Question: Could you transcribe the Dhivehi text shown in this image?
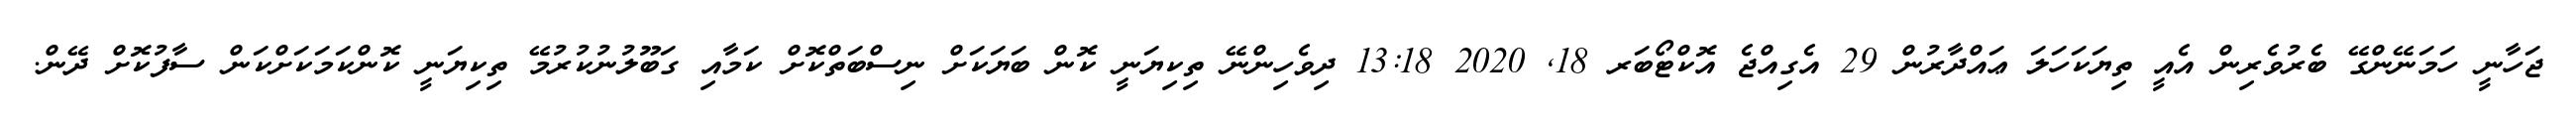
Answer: ޖަހާނީ ހަމަނޭންގޭ ބެރުވެރިން އެއީ ތިޔަކަހަލަ ޢައްދާރުން 29 އެގިއްޖެ އޮކްޓޯބަރ 18, 2020 13:18 ދިވެހިންނޭ ތިކިޔަނީ ކޮން ބަޔަކަށް ނިސްބަތްކޮށް ކަމާއި ގަބޫލުނުކުރުމޭ ތިކިޔަނީ ކޮންކަމަކަށްކަން ސާފުކޮށް ދޭން.